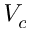
V _ { c }